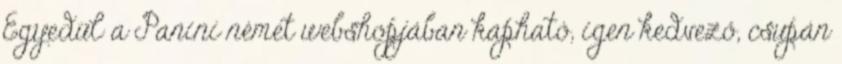
Egyedül a Panini német webshopjában kapható, igen kedvező, csupán